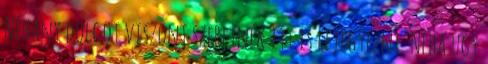
Néhány dolgot viszont szeretnék itt is lejegyezni. Néha úgy